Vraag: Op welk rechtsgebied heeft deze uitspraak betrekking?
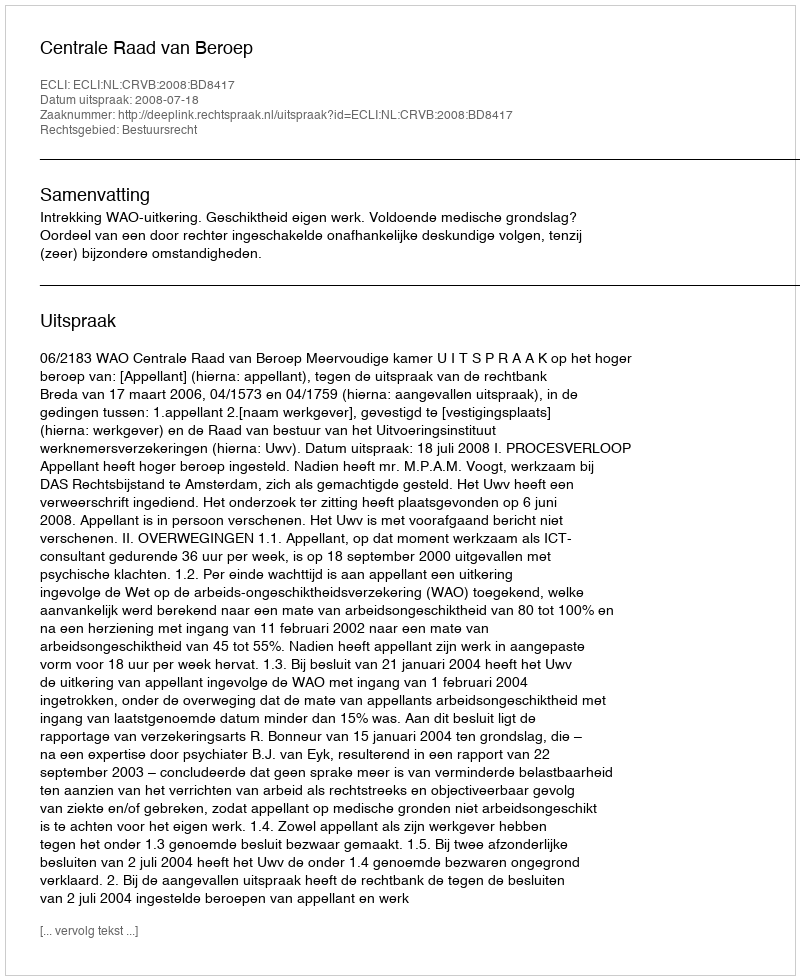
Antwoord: Bestuursrecht